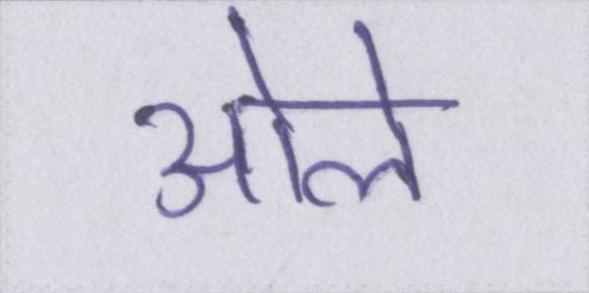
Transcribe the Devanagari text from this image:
ओले